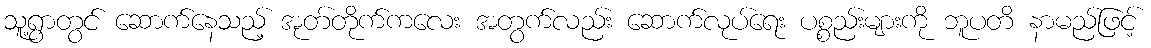
သူ့ရွာတွင် ဆောက်နေသည့် အုတ်တိုက်ကလေး အတွက်လည်း ဆောက်လုပ်ရေး ပစ္စည်းများကို ဘူပတိ နာမည်ဖြင့်